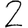
Digit: 2